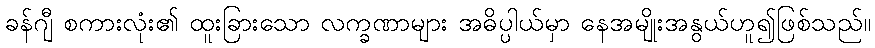
ခန်ဂျီ စကားလုံး၏ ထူးခြားသော လက္ခဏာများ အဓိပ္ပါယ်မှာ နေအမျိုးအနွယ်ဟူ၍ဖြစ်သည်။